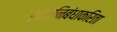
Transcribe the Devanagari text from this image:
शोधनिबंधाकरिता